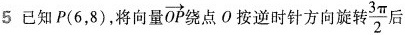
5 已知P(6，8)，将向量\overrightarrow{OP}绕点O按逆时针方向旋转\frac{3 \pi}{2}后